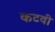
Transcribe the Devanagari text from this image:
कटवी